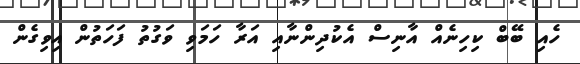
ހެއި ބޭބް ކިހިނެއް އާނިސް އެކުދިންނާއި އަރާ ހަމަވި ވަގުތު ފަހަތުން އިވިގެން